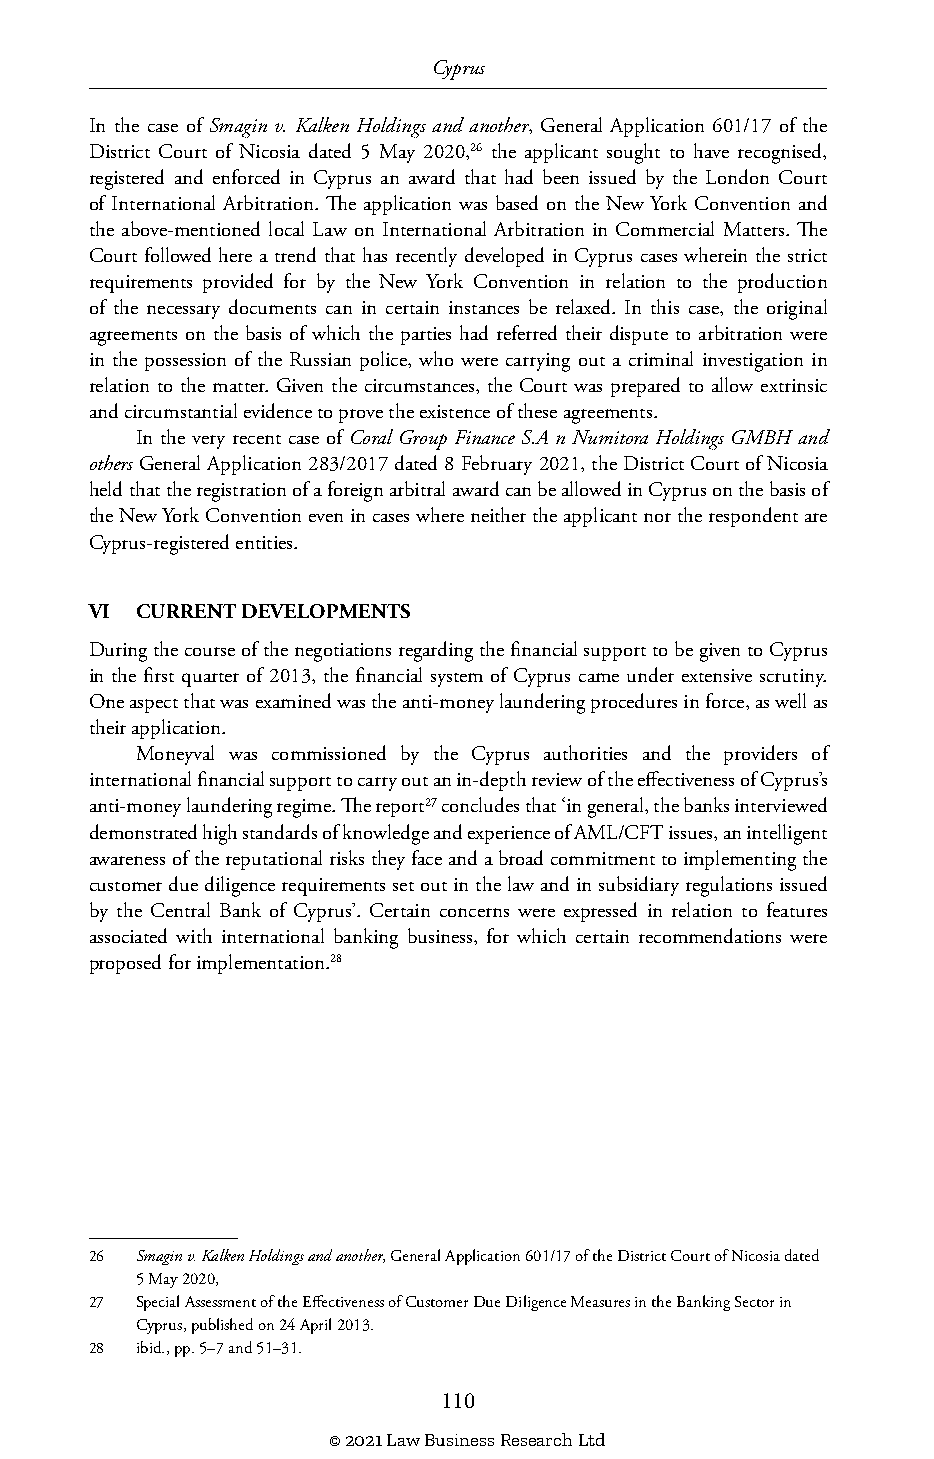
Cyprus
 In the case of Smagin v. Kalken Holdings and another, General Application 601/17 of the
 District Court of Nicosia dated 5 May 2020,26 the applicant sought to have recognised,
 registered and enforced in Cyprus an award that had been issued by the London Court
 of International Arbitration. The application was based on the New York Convention and
 the above-mentioned local Law on International Arbitration in Commercial Matters. The
 Court followed here a trend that has recently developed in Cyprus cases wherein the strict
 requirements provided for by the New York Convention in relation to the production
 of the necessary documents can in certain instances be relaxed. In this case, the original
 agreements on the basis of which the parties had referred their dispute to arbitration were
 in the possession of the Russian police, who were carrying out a criminal investigation in
 relation to the matter. Given the circumstances, the Court was prepared to allow extrinsic
 and circumstantial evidence to prove the existence of these agreements.
 In the very recent case of Coral Group Finance S.A n Numitora Holdings GMBH and
 others General Application 283/2017 dated 8 February 2021, the District Court of Nicosia
 held that the registration of a foreign arbitral award can be allowed in Cyprus on the basis of
 the New York Convention even in cases where neither the applicant nor the respondent are
 Cyprus-registered entities.
 VI CURRENT DEVELOPMENTS
 During the course of the negotiations regarding the financial support to be given to Cyprus
 in the first quarter of 2013, the financial system of Cyprus came under extensive scrutiny.
 One aspect that was examined was the anti-money laundering procedures in force, as well as
 their application.
 Moneyval was commissioned by the Cyprus authorities and the providers of
 international financial support to carry out an in-depth review of the effectiveness of Cyprus’s
 anti-money laundering regime. The report27 concludes that ‘in general, the banks interviewed
 demonstrated high standards of knowledge and experience of AML/CFT issues, an intelligent
 awareness of the reputational risks they face and a broad commitment to implementing the
 customer due diligence requirements set out in the law and in subsidiary regulations issued
 by the Central Bank of Cyprus’. Certain concerns were expressed in relation to features
 associated with international banking business, for which certain recommendations were
 proposed for implementation.28
 26 Smagin v. Kalken Holdings and another, General Application 601/17 of the District Court of Nicosia dated
 5 May 2020,
 27 Special Assessment of the Effectiveness of Customer Due Diligence Measures in the Banking Sector in
 Cyprus, published on 24 April 2013.
 28 ibid., pp. 5–7 and 51–31.
 110
 © 2021 Law Business Research Ltd